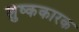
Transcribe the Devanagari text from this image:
शुष्ककारक